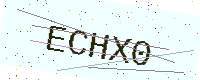
Text: ECHX0